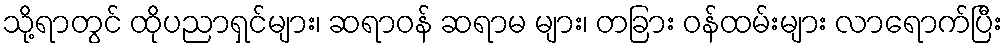
သို့ရာတွင် ထိုပညာရှင်များ၊ ဆရာဝန် ဆရာမ များ၊ တခြား ဝန်ထမ်းများ လာရောက်ပြီး